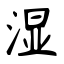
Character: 湿